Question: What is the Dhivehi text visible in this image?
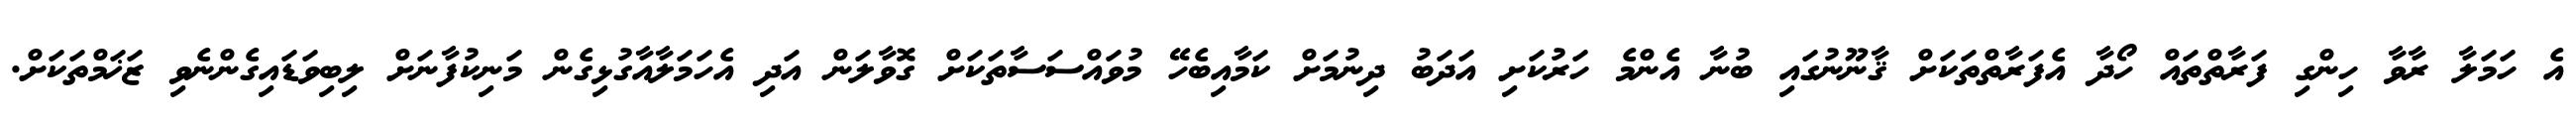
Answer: އެ ހަމަލާ ރާވާ ހިންގި ފަރާތްތައް ހޯދާ އެފަރާތްތަކަށް ޤާނޫނުގައި ބުނާ އެންމެ ހަރުކަށި އަދަބު ދިނުމަށް ކަމާއިބެހޭ މުވައްސަސާތަކަށް ގޮވާލަން އަދި އެހަމަލާއާގުޅިގެން މަނިކުފާނަށް ލިބިވަޑައިގެންނެވި ޒަޚަމްތަކަށް.